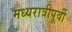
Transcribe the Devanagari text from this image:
मध्यरात्रीपूर्वी